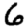
Digit: 6